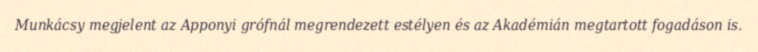
Munkácsy megjelent az Apponyi grófnál megrendezett estélyen és az Akadémián megtartott fogadáson is.